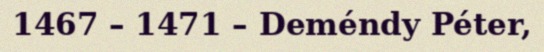
1467 – 1471 – Deméndy Péter,